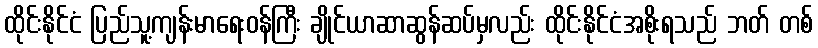
ထိုင်းနိုင်ငံ ပြည်သူ့ကျန်းမာရေးဝန်ကြီး ချိုင်ယာဆာဆွန်ဆပ်မှလည်း ထိုင်းနိုင်ငံအစိုးရသည် ဘတ် တစ်